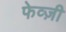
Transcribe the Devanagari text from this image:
फेव्ज़ी